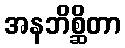
အနဘိစ္ဆိတာ